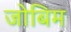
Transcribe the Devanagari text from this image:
जोबिम